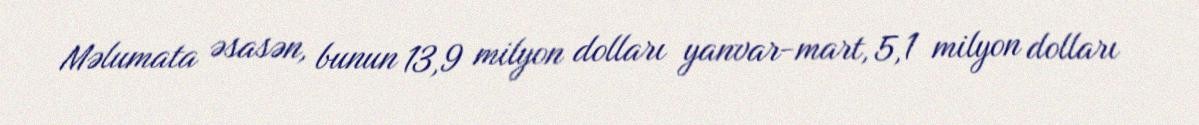
Məlumata əsasən, bunun 13,9 milyon dolları yanvar-mart, 5,1 milyon dolları